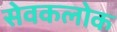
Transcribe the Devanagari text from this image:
सेवकलोक